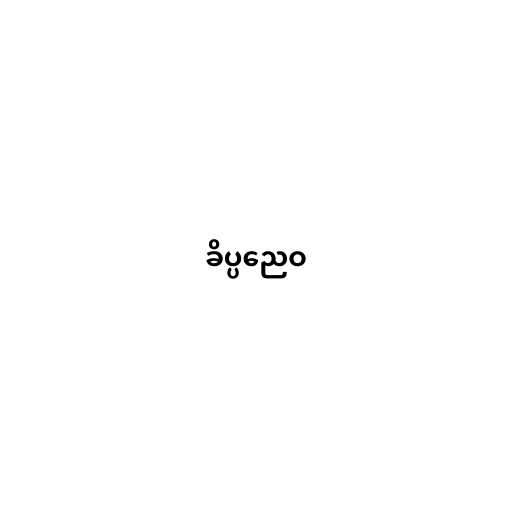
ခိပ္ပညေဝ